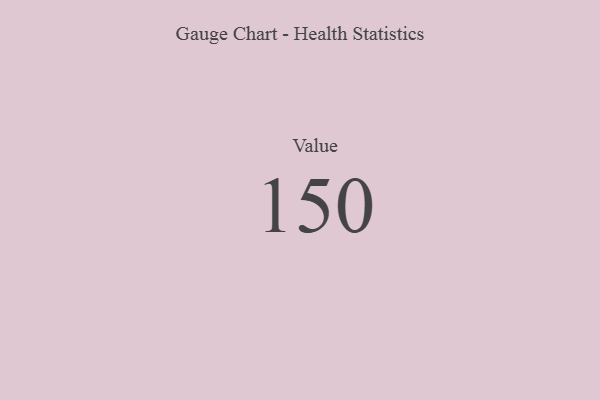
{"axis": {"x": "Metric", "y": "Value"}, "legend": [""], "data": [{"x": "Value", "y": 150, "type": ""}]}